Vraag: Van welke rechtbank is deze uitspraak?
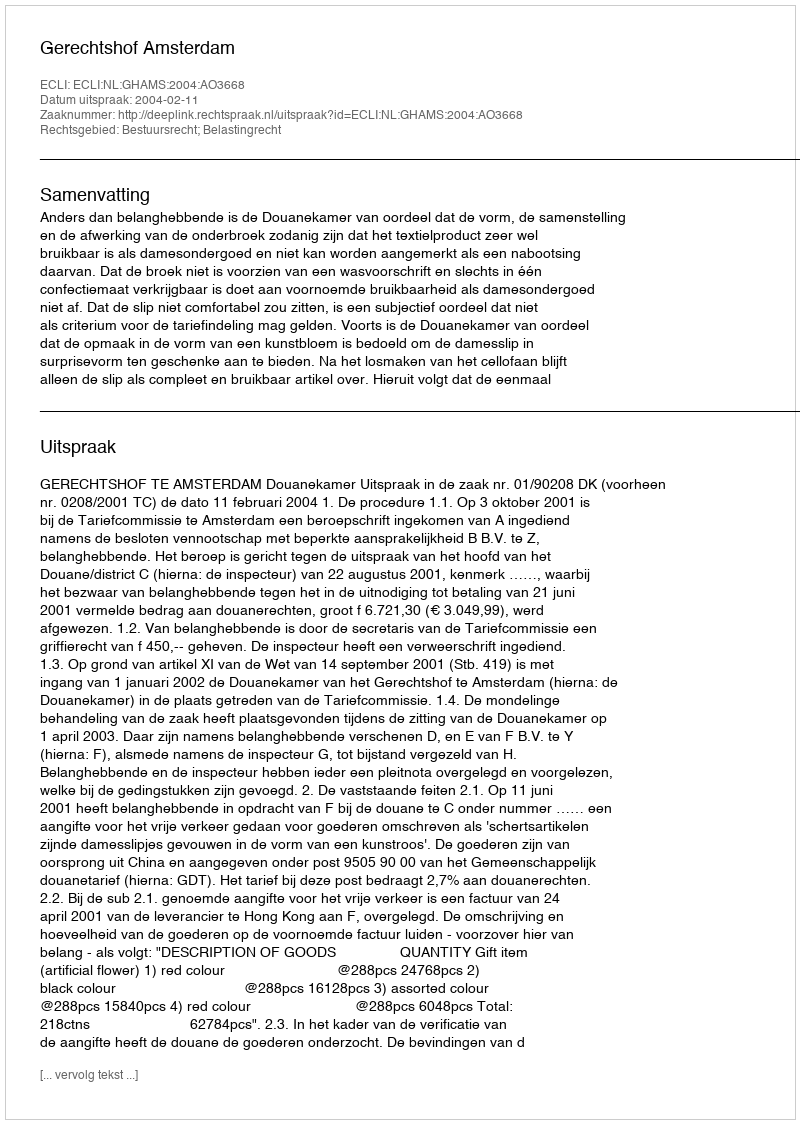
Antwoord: Gerechtshof Amsterdam